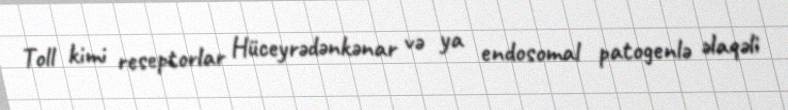
Toll kimi reseptorlar Hüceyrədənkənar və ya endosomal patogenlə əlaqəli